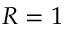
R = 1